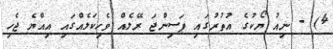
4) - ނިއު ޔޯކުގެ އުތުރުގައި ޕަސިންޖަ ރޭލެއް ވެހިކަލެއްގައި އިއްޔެ ޖެހި